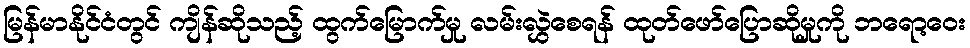
မြန်မာနိုင်ငံတွင် ကျိန်ဆိုသည့် ထွက်မြောက်မှု လမ်းလွှဲစေရန် ထုတ်ဖော်ပြောဆိုမှုကို ဘရော့ဝေး